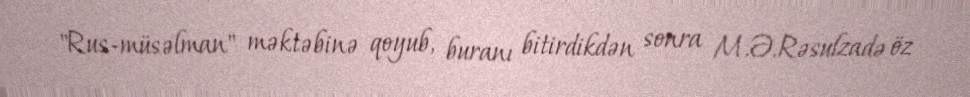
"Rus-müsəlman" məktəbinə qoyub, buranı bitirdikdən sonra M.Ə.Rəsulzadə öz